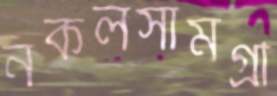
নকলসামগ্রী